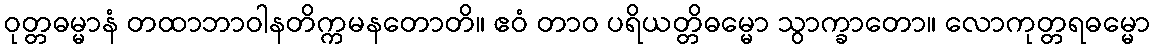
ဝုတ္တဓမ္မာနံ တထာဘာဝါနတိက္ကမနတောတိ။ ဧဝံ တာဝ ပရိယတ္တိဓမ္မော သွာက္ခာတော။ လောကုတ္တရဓမ္မော